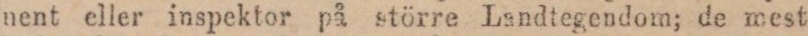
nent eller inspektor på större Landtegendom; de mest